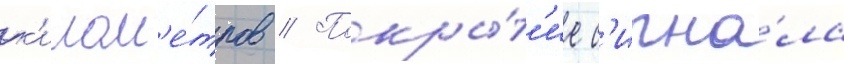
к'илом'е́тров // Покры́т'ие с'игна́ла